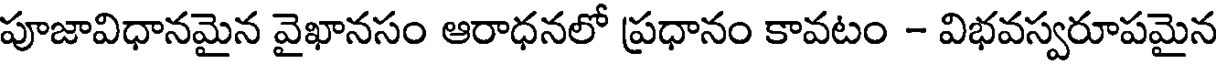
పూజావిధానమైన వైఖానసం ఆరాధనలో ప్రధానం కావటం - విభవస్వరూపమైన